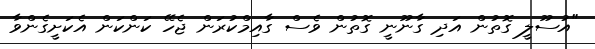
"އުސޫލީ ގޮތުން އަދި ގާނޫނީ ގޮތުން ވެސް ގާއިމްކުރަން ޖެހޭ ކަންކަން އެކަށީގެންވާ